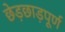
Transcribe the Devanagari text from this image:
छेड़छाड़पूर्ण